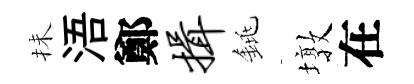
抺浯鄭揖銚墩在